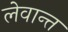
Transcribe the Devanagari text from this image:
लेवान्त